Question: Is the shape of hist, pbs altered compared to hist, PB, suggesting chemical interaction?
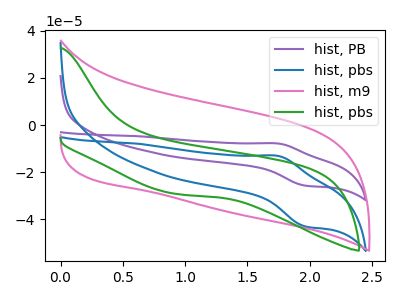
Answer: <think>The purple curve "hist, PB" has an anodic peak at (1.75V, -7.80uA) and a cathodic peak at (1.95V, -25.70uA). The blue curve "hist, pbs" has an anodic peak at (1.75V, -13.10uA) and a cathodic peak at (1.95V, -43.00uA). The pink curve "hist, m9" has no peaks. The green curve "hist, pbs" has no peaks.
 All the peaks in "hist, pbs" have a peak in "hist, PB" at the same potential.</think>
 <answer>No, "hist, pbs" and "hist, PB" don't appear to be significantly different in shape</answer>
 <eval>no_change</eval>